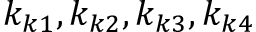
k _ { k 1 } , k _ { k 2 } , k _ { k 3 } , k _ { k 4 }